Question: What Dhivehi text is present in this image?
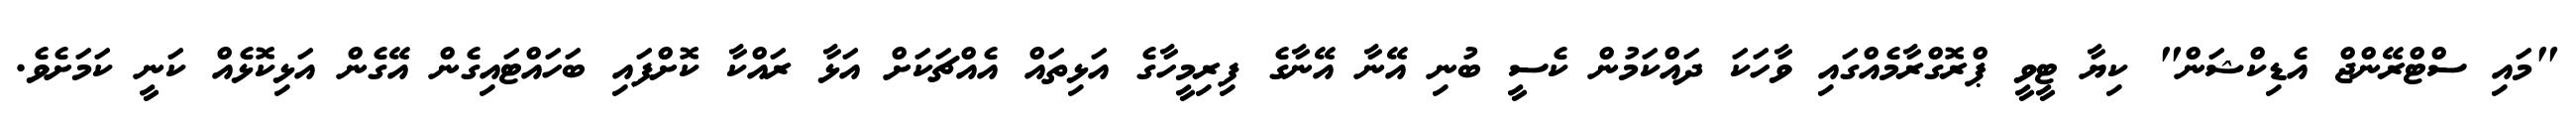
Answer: "މައި ސްޓްރޭންޖް އެޑިކްޝަން" ކިޔާ ޓީވީ ޕްރޮގްރާމެއްގައި ވާހަކަ ދައްކަމުން ކެސީ ބުނި އޭނާ އޭނާގެ ފިރިމީހާގެ އަޅިތައް އެއްޗަކަށް އަޅާ ރައްކާ ކޮށްފައި ބަހައްޓައިގެން އޭގެން އަޅިކޮޅެއް ކަނީ ކަމަށެވެ.